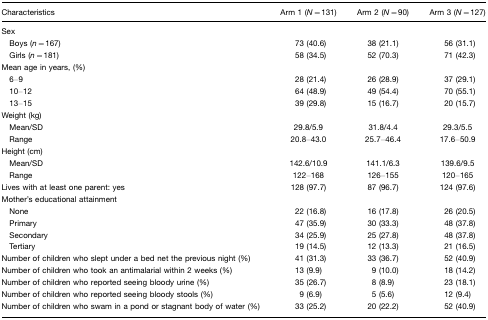
| Characteristics | Arm 1 (N=131) | Arm 2 (N=90) | Arm 3 (N=127) |
 | --- | --- | --- | --- |
 | Sex |  |  |  |
 | Boys (n=167) | 73 (40.6) | 38 (21.1) | 56 (31.1) |
 | Girls (n=181) | 58 (34.5) | 52 (70.3) | 71 (42.3) |
 | Mean age in years, (%) |  |  |  |
 | 6–9 | 28 (21.4) | 26 (28.9) | 37 (29.1) |
 | 10–12 | 64 (48.9) | 49 (54.4) | 70 (55.1) |
 | 13–15 | 39 (29.8) | 15 (16.7) | 20 (15.7) |
 | Weight (kg) |  |  |  |
 | Mean/SD | 29.8/5.9 | 31.8/4.4 | 29.3/5.5 |
 | Range | 20.8–43.0 | 25.7–46.4 | 17.6–50.9 |
 | Height (cm) |  |  |  |
 | Mean/SD | 142.6/10.9 | 141.1/6.3 | 139.6/9.5 |
 | Range | 122–168 | 126–155 | 120–165 |
 | Lives with at least one parent: yes | 128 (97.7) | 87 (96.7) | 124 (97.6) |
 | Mother's educational attainment |  |  |  |
 | None | 22 (16.8) | 16 (17.8) | 26 (20.5) |
 | Primary | 47 (35.9) | 30 (33.3) | 48 (37.8) |
 | Secondary | 34 (25.9) | 25 (27.8) | 48 (37.8) |
 | Tertiary | 19 (14.5) | 12 (13.3) | 21 (16.5) |
 | Number of children who slept under a bed net the previous night (%) | 41 (31.3) | 33 (36.7) | 52 (40.9) |
 | Number of children who took an antimalarial within 2 weeks (%) | 13 (9.9) | 9 (10.0) | 18 (14.2) |
 | Number of children who reported seeing bloody urine (%) | 35 (26.7) | 8 (8.9) | 23 (18.1) |
 | Number of children who reported seeing bloody stools (%) | 9 (6.9) | 5 (5.6) | 12 (9.4) |
 | Number of children who swam in a pond or stagnant body of water (%) | 33 (25.2) | 20 (22.2) | 52 (40.9) |